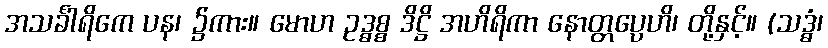
အသင်္ခါရိကေ ပန၊ ၌ကား။ မောဟ ဥဒ္ဓစ္စ ဒိဋ္ဌိ အဟိရိကာ နောတ္တပ္ပေဟိ၊ တို့နှင့်။ (သဒ္ဓံ၊